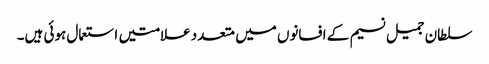
سلطان جمیل نسیم کے افسانوں میں متعدد علامتیں استعمال ہوئی ہیں۔